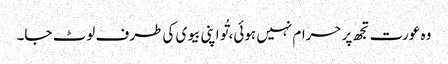
وہ عورت تجھ پر حرام نہیں ہوئی، تُو اپنی بیوی کی طرف لوٹ جا۔